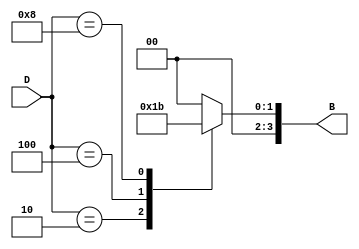
module DecimalToBinaryEncoder(
    input  wire [3:0] D,  // 4-bit one-hot input representing decimal digits (0 to 9)
    output reg  [3:0] B   // 4-bit binary output
);

// Combinational logic for encoding
always @(*) begin
    // Default output for invalid input
    B = 4'b0000;  // Default output (could be an error code)
    
    // Decode the one-hot input to the corresponding binary output
    case (D)
        4'b0001: B = 4'b0000; // Decimal 0
        4'b0010: B = 4'b0001; // Decimal 1
        4'b0100: B = 4'b0010; // Decimal 2
        4'b1000: B = 4'b0011; // Decimal 3
        4'b0001: B = 4'b0100; // Decimal 4
        4'b0010: B = 4'b0101; // Decimal 5
        4'b0100: B = 4'b0110; // Decimal 6
        4'b1000: B = 4'b0111; // Decimal 7
        4'b0001: B = 4'b1000; // Decimal 8
        4'b0010: B = 4'b1001; // Decimal 9
        default: B = 4'b0000; // Invalid input case
    endcase
end

endmodule